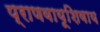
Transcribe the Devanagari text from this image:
प्राणवायूशिवाय